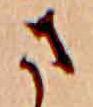
さ